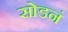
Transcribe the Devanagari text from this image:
सोडनं